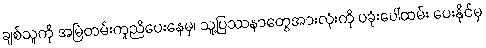
ချစ်သူကို အမြဲတမ်းကူညီပေးနေမှ၊ သူ့ပြဿနာတွေအားလုံးကို ပခုံးပေါ်ထမ်း ပေးနိုင်မှ